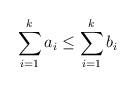
LaTeX: \begin{align*}\sum_{i=1}^k a_i \leq \sum_{i=1}^k b_i\end{align*}